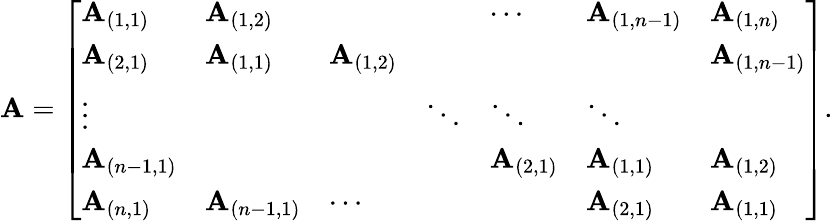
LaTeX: \mathbf{A}={\left[\begin{array}{lllllll}{\mathbf{A}_{(1,1)}}&{\mathbf{A}_{(1,2)}}&{}&{}&{\cdots}&{\mathbf{A}_{(1,n-1)}}&{\mathbf{A}_{(1,n)}}\\ {\mathbf{A}_{(2,1)}}&{\mathbf{A}_{(1,1)}}&{\mathbf{A}_{(1,2)}}&{}&{}&{}&{\mathbf{A}_{(1,n-1)}}\\ {\vdots}&{}&{}&{\ddots}&{\ddots}&{\ddots}&{}\\ {\mathbf{A}_{(n-1,1)}}&{}&{}&{}&{\mathbf{A}_{(2,1)}}&{\mathbf{A}_{(1,1)}}&{\mathbf{A}_{(1,2)}}\\ {\mathbf{A}_{(n,1)}}&{\mathbf{A}_{(n-1,1)}}&{\cdots}&{}&{}&{\mathbf{A}_{(2,1)}}&{\mathbf{A}_{(1,1)}}\end{array}\right]}.